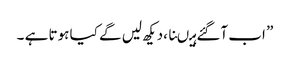
” اب آگئے ہیںنا ،دیکھ لیں گے کیا ہوتا ہے ۔